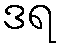
ဒရ